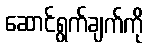
ဆောင်ရွက်ချက်ကို